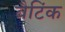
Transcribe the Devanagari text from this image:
बैटिंक